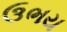
ઉભય